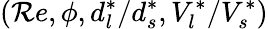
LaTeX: \left({\mathcal{R}e},\phi,d_{l}^{*}/d_{s}^{*},V_{l}^{*}/V_{s}^{*}\right)